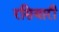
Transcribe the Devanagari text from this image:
रसियारी